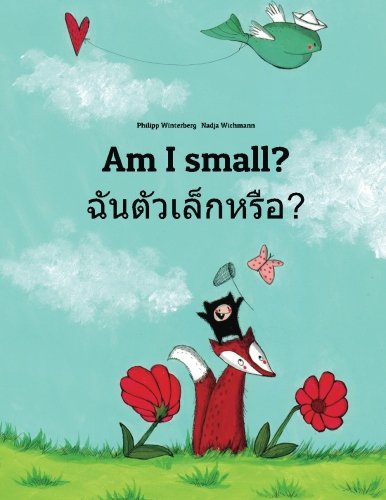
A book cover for Am I small? Chan taw lek hrux?: Children's Picture Book English-Thai (Bilingual Edition); Philipp Winterberg; Children's Books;